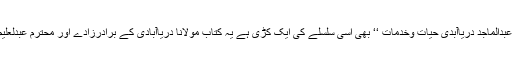
زیر تبصرہ کتاب’’مولانا عبدالماجد دریاآبدی حیات وخدمات ‘‘ بھی اسی سلسلے کی ایک کڑی ہے یہ کتاب مولانا دریاآبادی کے برادرزادے اور محترم عبدلعلیم قدوائی کے قلم سے ہے ۔